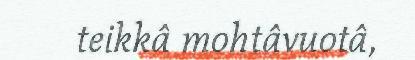
teikkâ mohtâvuotâ,